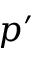
p ^ { \prime }